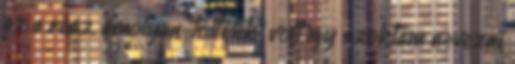
ez a rész, amolyan “töltelék” volt így szoktam nevezni,